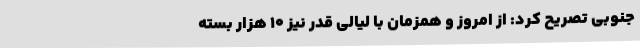
جنوبی تصریح کرد: از امروز و همزمان با لیالی قدر نیز 10 هزار بسته